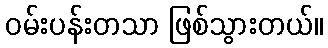
ဝမ်းပန်းတသာ ဖြစ်သွားတယ်။